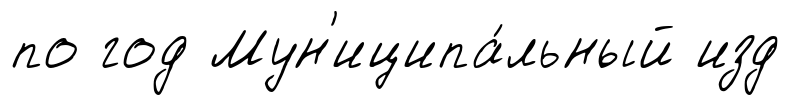
по год Мун'иципа́льный изд